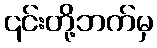
၎င်းတို့ဘက်မှ